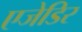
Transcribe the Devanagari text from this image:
एजेडिर